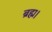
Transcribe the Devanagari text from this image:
ब्रह्म।